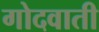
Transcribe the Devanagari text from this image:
गोदवाती